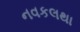
નવકલથા